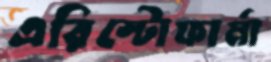
এরিস্টোফার্মা